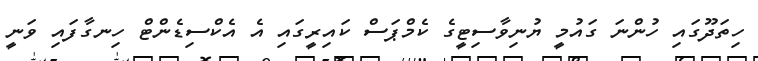
ހިތަދޫގައި ހުންނަ ގައުމީ ޔުނިވާސިޓީގެ ކެމްޕަސް ކައިރީގައި އެ އެކްސިޑެންޓް ހިނގާފައި ވަނީ